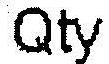
QTY